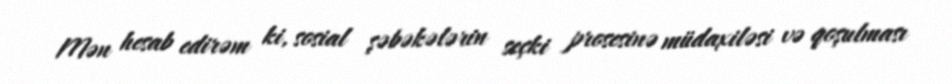
Mən hesab edirəm ki, sosial şəbəkələrin seçki prosesinə müdaxiləsi və qoşulması